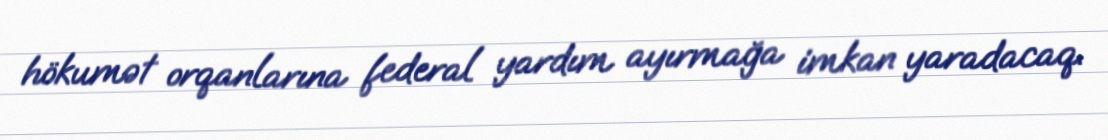
hökumət orqanlarına federal yardım ayırmağa imkan yaradacaq.